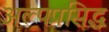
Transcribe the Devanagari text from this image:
अल्पप्रसिद्ध